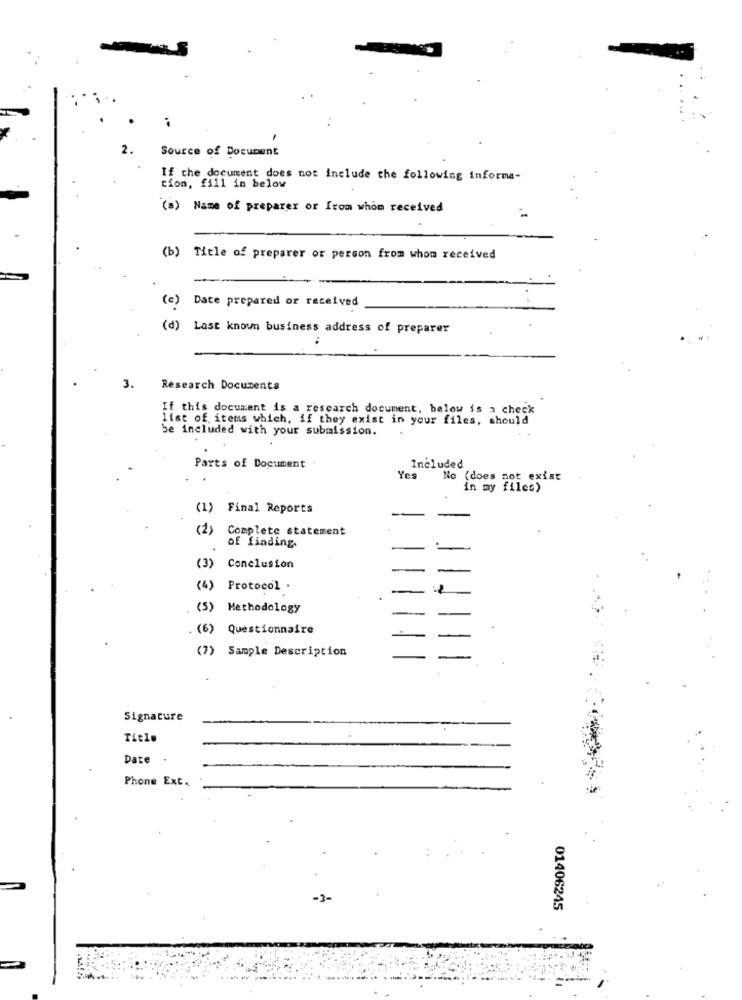
2.
Source of Document
If the document does not include the following informa-
tion, fill in below
(a) Name of preparer or from whom received
(b) Title of preparer or person from whom received
(e)
Date prepared or received
(d)
Last known business address of preparer
3.
Research Documents
If this document is a research document, below is a check
list of items which, if they exist in your files, should
be included with your submission.
Included
Parts of Document
Yes
No (does not exist
in my files)
(1) Final Reports
(1)
Complete statement
of finding.
(3) Conclusion
(4) Protocol .
(5) Methodology
. (6) Questionnaire
(7) Sample Description
Signature
Title
Date .
Phone Ext.
01406245